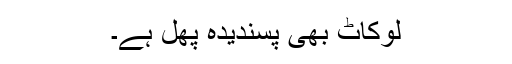
لوکاٹ بھی پسندیدہ پھل ہے۔